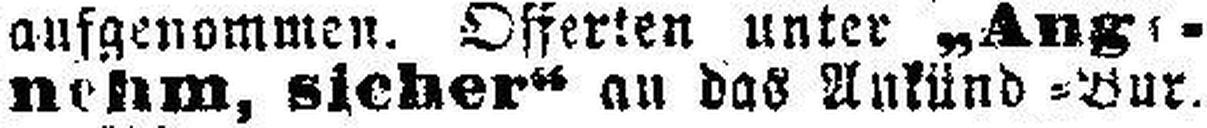
nehm, sicher“ an das Ankünd = Bur